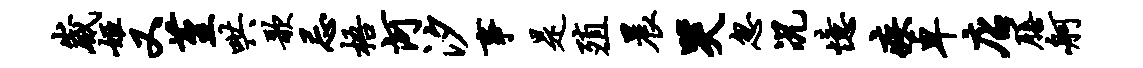
崴姬又堇哄歌忌梧河汐事是殖晨哭忽况忆疾卓店膳舸